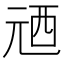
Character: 𠒓